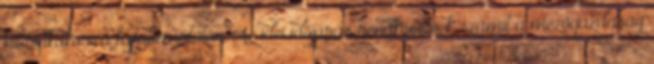
hibridkukorica fajtabemutatón. Az idei időjárás rendkívülinek számít a mezőgazdaság